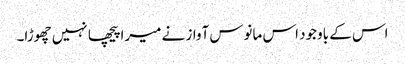
اس کے باوجود اس مانوس آواز نے میرا پیچھا نہیں چھوڑا۔